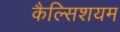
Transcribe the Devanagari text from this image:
कैल्सिशयम